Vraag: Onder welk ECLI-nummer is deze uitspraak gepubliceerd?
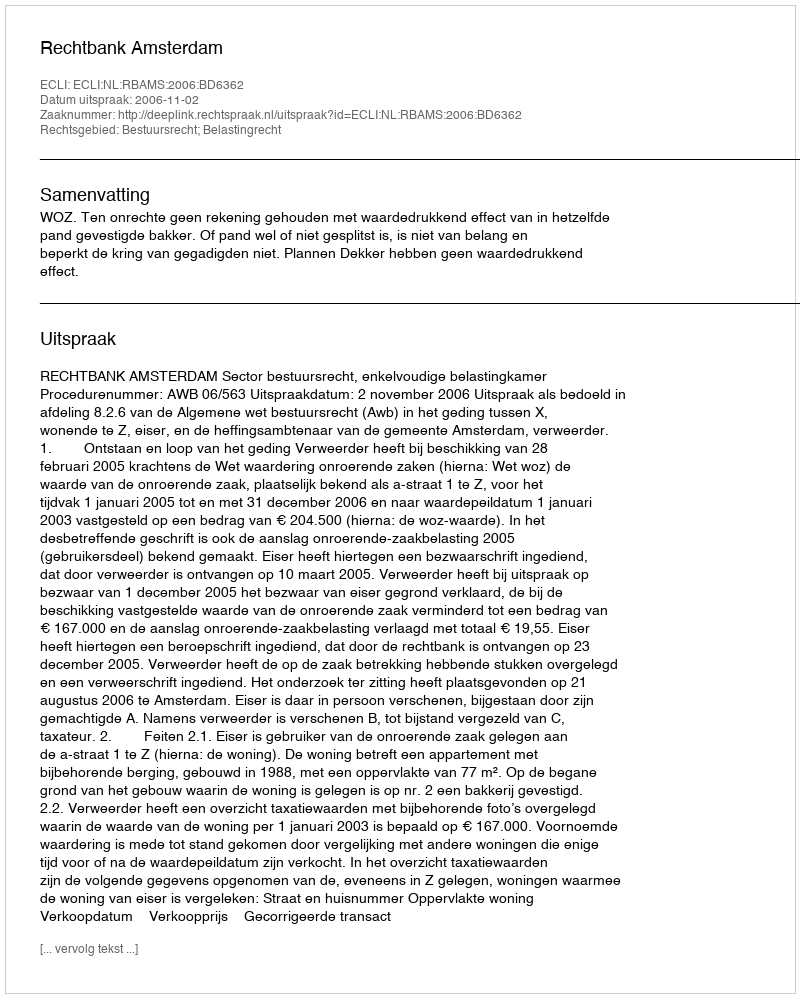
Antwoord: ECLI:NL:RBAMS:2006:BD6362